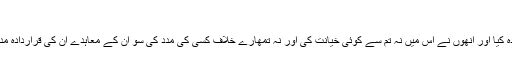
Open 9.3
امین احسن اصلاحی وہ مشرکین اس سے مستثنیٰ ہیں جن سے تم نے معاہدہ کیا اور انھوں نے اس میں نہ تم سے کوئی خیانت کی اور نہ تمھارے خلاف کسی کی مدد کی سو ان کے معاہدے ان کی قراردادہ مدت تک پورے کرو، اللہ نقض عہد سے بچنے والوں کو دوست رکھتا ہے۔